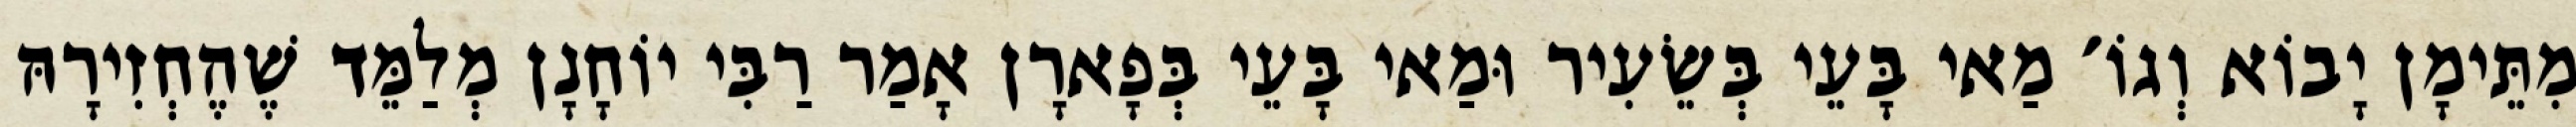
מִתֵּימָן יָבוֹא וְגוֹ׳ מַאי בָּעֵי בְּשֵׂעִיר וּמַאי בָּעֵי בְּפָארָן אָמַר רַבִּי יוֹחָנָן מְלַמֵּד שֶׁהֶחְזִירָהּ